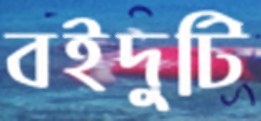
বইদুটি